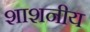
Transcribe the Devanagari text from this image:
शाशनीय